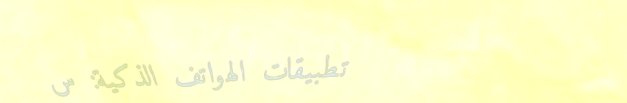
تطبيقات الهواتف الذكية: س